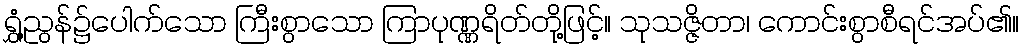
ရွှံ့ညွန်၌ပေါက်သော ကြီးစွာသော ကြာပုဏ္ဏရိတ်တို့ဖြင့်။ သုသဇ္ဇိတာ၊ ကောင်းစွာစီရင်အပ်၏။